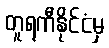
တူရကီနိုင်ငံမှ